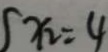
x _ { 2 } = 4